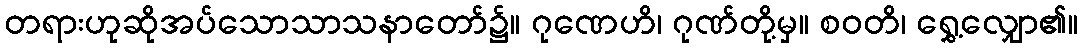
တရားဟုဆိုအပ်သောသာသနာတော်၌။ ဂုဏေဟိ၊ ဂုဏ်တို့မှ။ စဝတိ၊ ရွှေ့လျှော၏။